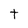
Character: t